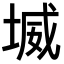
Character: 㙎